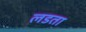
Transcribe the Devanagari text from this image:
लडता